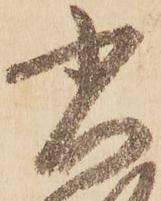
省